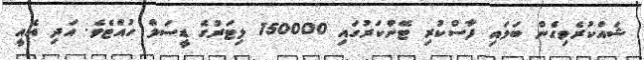
ޝައްކުރެވިގެން ބަލައި ފާސްކުރި ޓޭންކަރުގައި 150000 ލިޓަރުގެ ޑީސަލް ހުއްޓެވެ. އަދި އެއީ